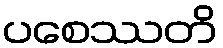
ပစေဿတိ